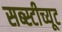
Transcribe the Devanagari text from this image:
सब्स्टीच्यूट